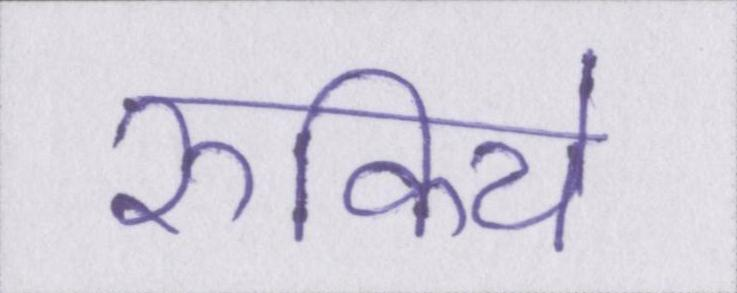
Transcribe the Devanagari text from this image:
रुकिये